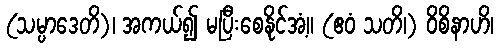
(သမ္ပာဒေတိ)၊ အကယ်၍ မပြီးစေနိုင်အံ့။ (ဧဝံ သတိ၊) ဝိစိနာဟိ၊